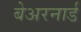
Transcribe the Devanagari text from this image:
बेअरनार्ड